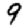
Digit: 9